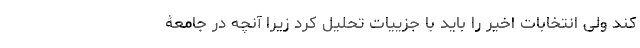
کند ولی انتخابات اخیر را باید با جزییات تحلیل کرد زیرا آنچه در جامعۀ